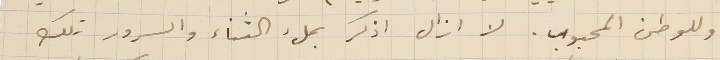
وللوطن المحبوب. لا ازال اذكر بملء الثناء والسرور تلك